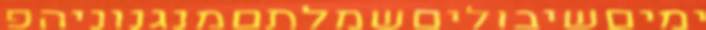
ימיםשיבוליםשמלתםמנגנוניהפ